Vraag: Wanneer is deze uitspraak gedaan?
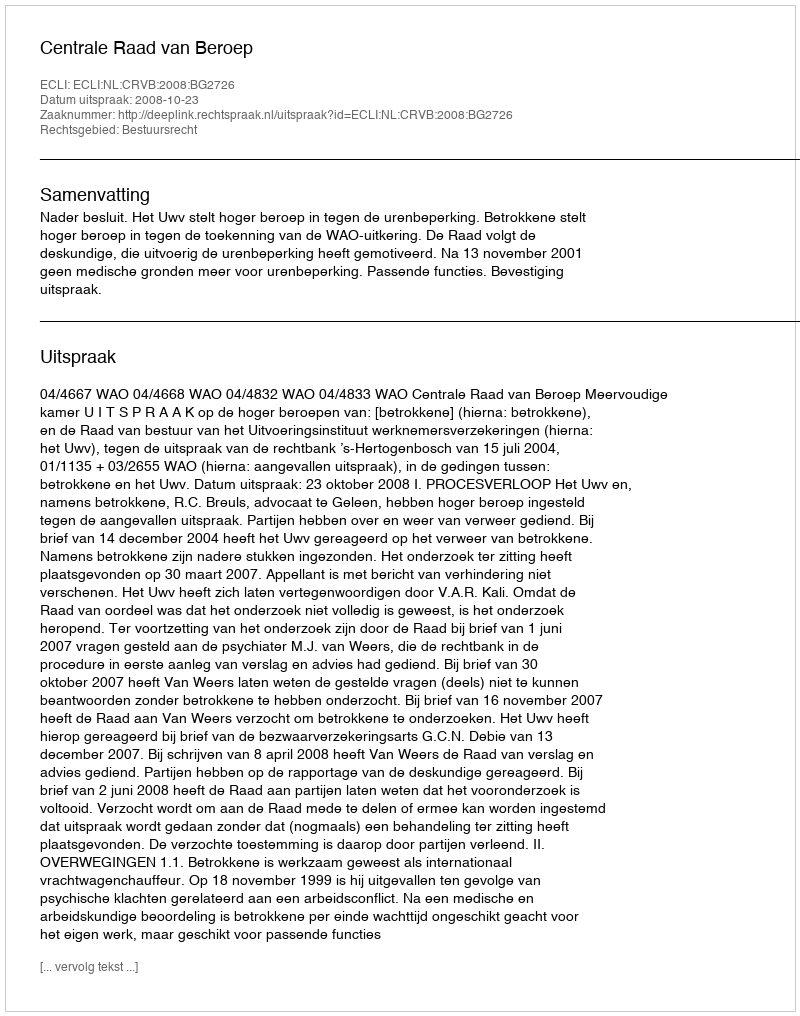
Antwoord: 2008-10-23